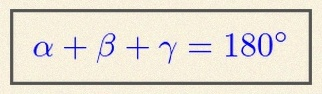
\alpha+\beta+\gamma=180^\circ